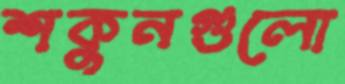
শকুনগুলো